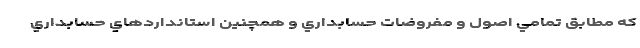
كه مطابق تمامي اصول و مفروضات حسابداري و همچنين استانداردهاي حسابداري